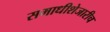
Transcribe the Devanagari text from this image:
समाधीशेजारीच